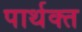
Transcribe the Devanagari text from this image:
पार्थक्त